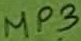
Text: MP3